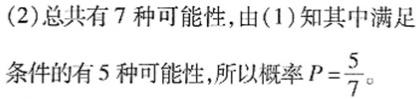
(2)总共有 7 种可能性,由(1)知其中满足条件的有 5 种可能性,所以概率 $P = \frac{5}{7}$。